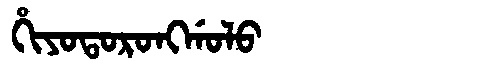
Manchu: ᡥᡳᠶᠣᡨᠣᡵᠣᠩᡤᠣᠯᠣ
Romanization: HIYOTORONGGOLO